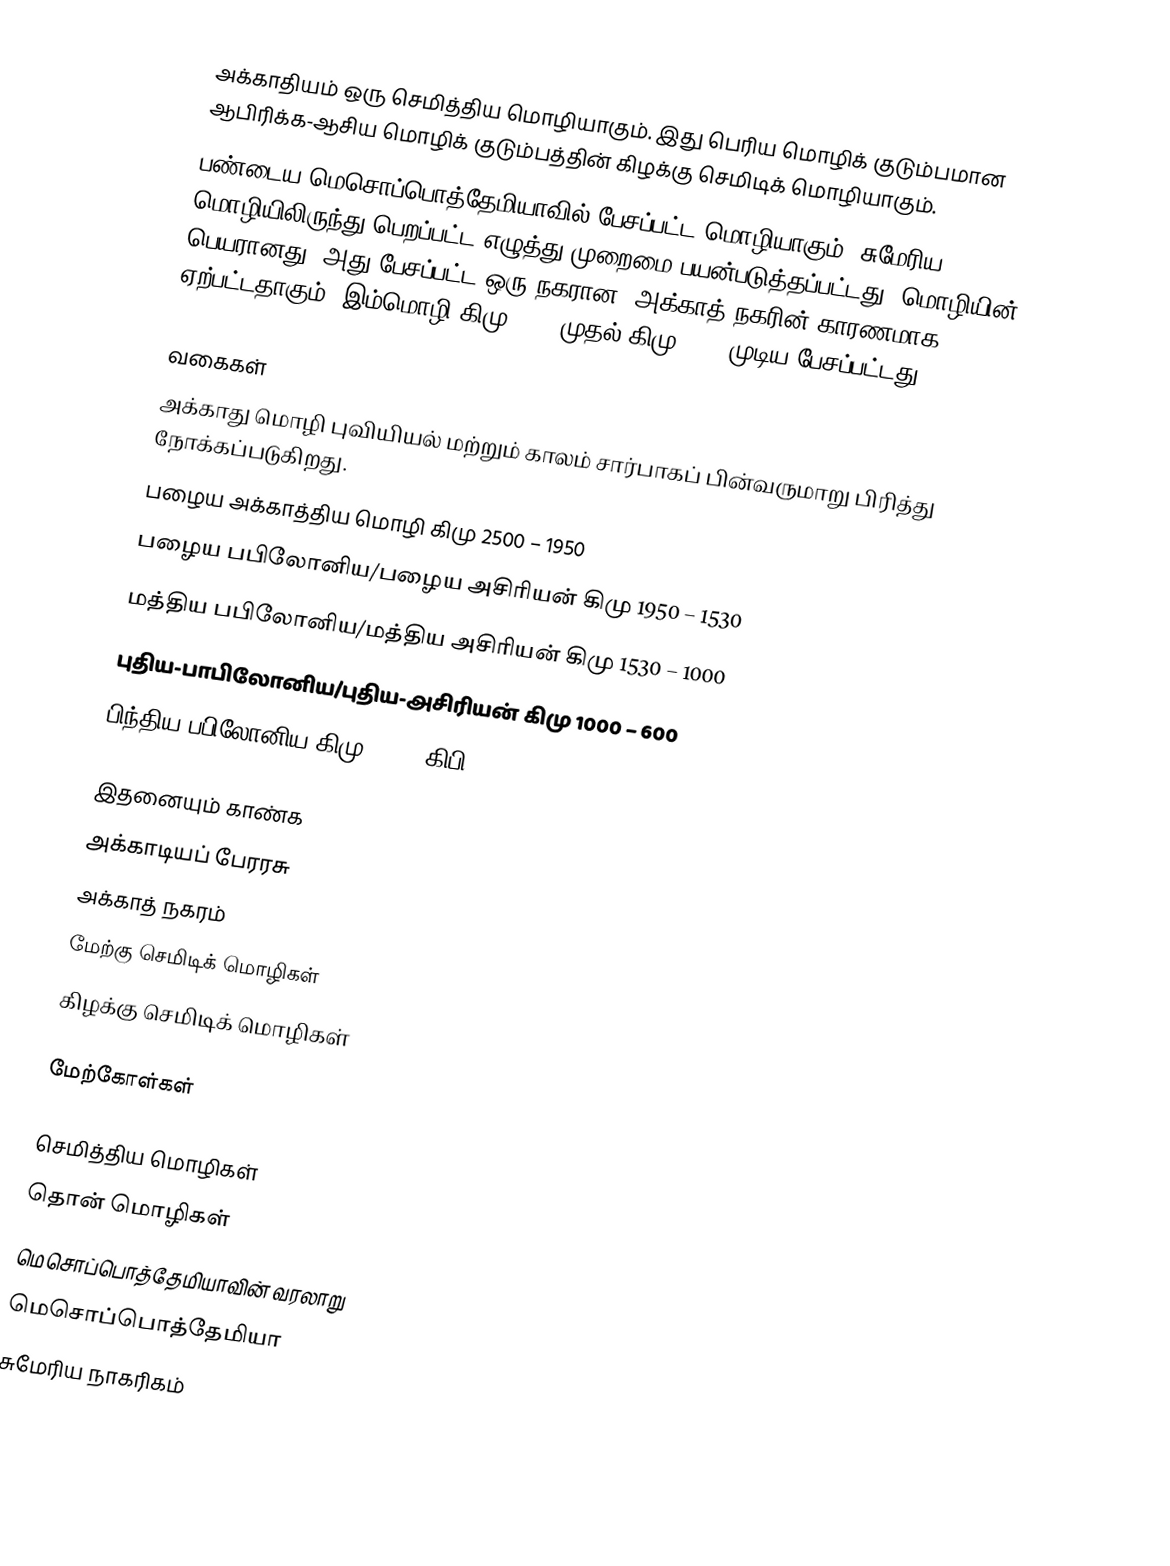
அக்காதியம் ஒரு செமித்திய மொழியாகும். இது பெரிய மொழிக் குடும்பமான ஆபிரிக்க-ஆசிய மொழிக் குடும்பத்தின் கிழக்கு செமிடிக் மொழியாகும்.
பண்டைய மெசொப்பொத்தேமியாவில் பேசப்பட்ட மொழியாகும். சுமேரிய மொழியிலிருந்து பெறப்பட்ட எழுத்து முறைமை பயன்படுத்தப்பட்டது. மொழியின் பெயரானது, அது பேசப்பட்ட ஒரு நகரான, அக்காத் நகரின் காரணமாக ஏற்பட்டதாகும். இம்மொழி கிமு 2500 முதல் கிமு 1000 முடிய பேசப்பட்டது.

வகைகள்
அக்காது மொழி புவியியல் மற்றும் காலம் சார்பாகப் பின்வருமாறு பிரித்து நோக்கப்படுகிறது.
 பழைய அக்காத்திய மொழி கிமு 2500 – 1950
 பழைய பபிலோனிய/பழைய அசிரியன் கிமு 1950 – 1530
 மத்திய பபிலோனிய/மத்திய அசிரியன் கிமு 1530 – 1000
 புதிய-பாபிலோனிய/புதிய-அசிரியன் கிமு 1000 – 600
 பிந்திய பபிலோனிய கிமு 600 - கிபி 100

இதனையும் காண்க
 அக்காடியப் பேரரசு
 அக்காத் நகரம்
 மேற்கு செமிடிக் மொழிகள்
 கிழக்கு செமிடிக் மொழிகள்

மேற்கோள்கள்

செமித்திய மொழிகள்
தொன் மொழிகள்
மெசொப்பொத்தேமியாவின் வரலாறு
மெசொப்பொத்தேமியா
சுமேரிய நாகரிகம்